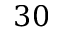
3 0